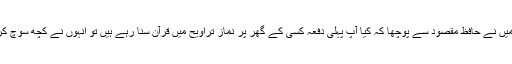
گپ شپ شروع ہوئی تو میں نے حافظ مقصود سے پوچھا کہ کیا آپ پہلی دفعہ کسی کے گھر پر نماز تراویح میں قرآن سنا رہے ہیں تو انہوں نے کچھ سوچ کر کہا، جی ہاں پہلی دفعہ۔